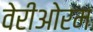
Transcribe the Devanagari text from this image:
वेरीओरम